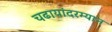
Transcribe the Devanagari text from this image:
चढायांदरम्यान